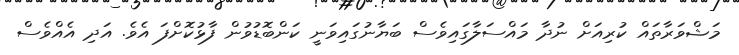
މަޝްވަރާތައް ކުރިއަށް ނުދާ މައްސަލާގައިވެސް ބަޔާނުގައިވަނީ ކަންބޮޑުވުން ފާޅުކޮށްފަ އެވެ. އަދި އެއްވެސް